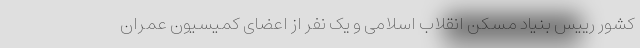
کشور رییس بنیاد مسکن انقلاب اسلامی و یک نفر از اعضای کمیسیون عمران